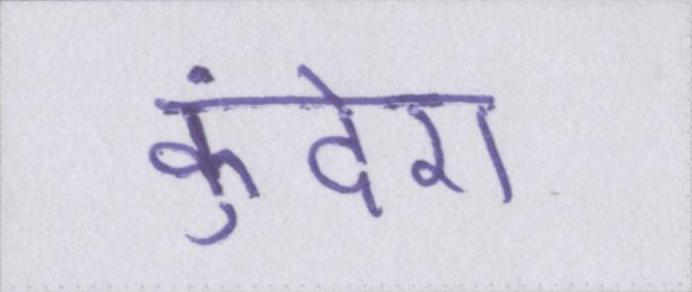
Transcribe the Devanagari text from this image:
कुंदेरा